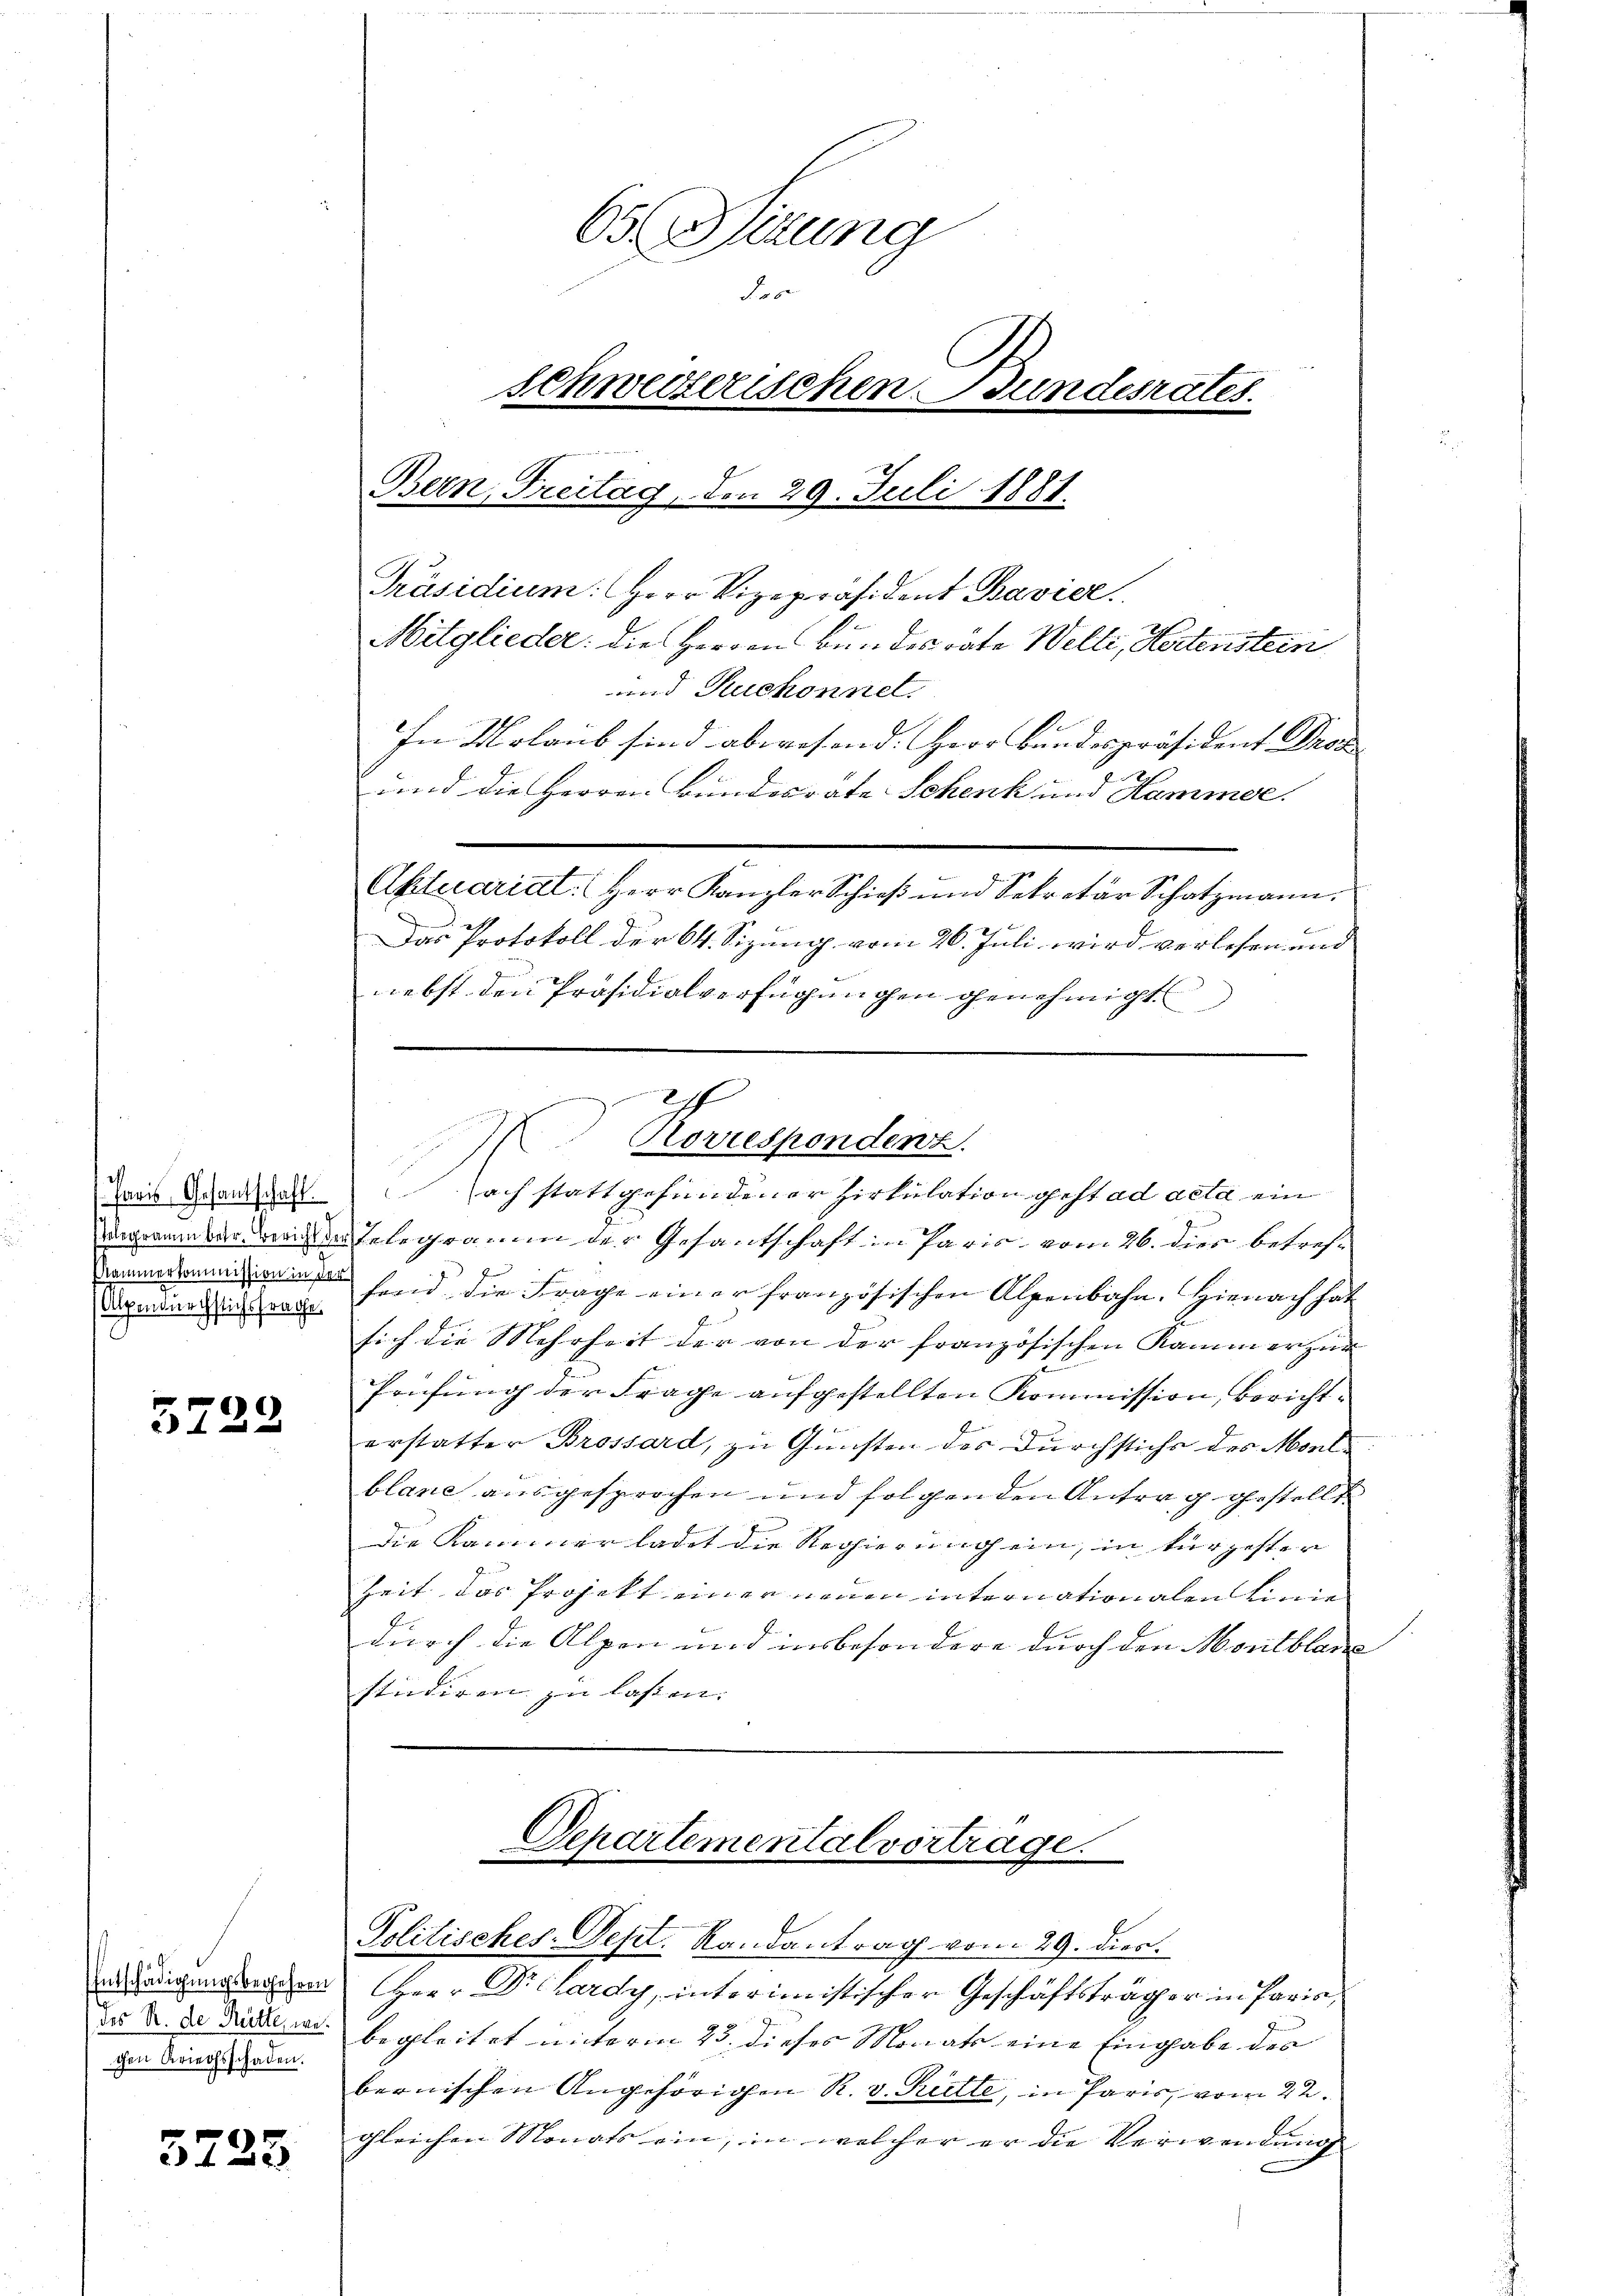
Paris Gesantschaft.
Kammerkommission in der

5729

Entschädigungsbegehren
(des R. de Rütte, we
chen Kriegsschaden.

5723

nebst den Präsidialverfügungen genehmigt

65 Sitzung
do
schweizerischen Bundesrates.
Bern, Freitag, den 29. Juli 1881.
Präsidium. Herr Vizepräsident Bavier
Mitglieder: die Herren Bundesräte Welti, Hertenstein
und Ruchonnel.
In Urlaub sind abwesend: Herr Bundespräsident Drod
und die Herren Bundesrate Schenk und Hammer.
Aktuariat. Herr Kanzler Schieβ und Sekretär Schatzmann.
Das Protokoll der 64. Sizung vom 26. Juli wird verlesen und

ach stattgefundener Zirkulation gest ad acta ein
gaaber die Telegramm der Gesantschaft in Paris vom 26. dies betref-
zun
dagandi fand die Frage einer französischen Alpenbahn. Hienach hat
sich die Mehrheit der von der französischen Kammerzun
Prüfung der Frage aufgestellten Kommission, Berichtb
erstatter Brossard, zu Gunsten der Durchstichs des Monlblane ausgesprochen und folgenden Antrag gestellt
die Kammer ladet die Regierung ein, in kürzester
Zeit das Projekt einer einen internationalen Linie
f
durch die Alpen und insbesondere durch den Montblan
studiren zu lassen. |

2
Korrespondenz.

Departementalvortrage.

Politisches-Dept. Randantrag vom 29. dies.
Herr Dr. Lardy, interimistischer Geschäftsträger in Paris,
begleitet unterm 23. dieses Monats eine Eingabe des
bernischen Angehörigen R. v. Ritte, in Paris, vom 22.
gleichen Monats ein, in welcher er die Verwendung